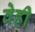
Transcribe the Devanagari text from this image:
वेही